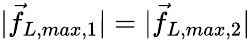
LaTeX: |\vec{f}_{L,max,1}|=|\vec{f}_{L,max,2}|